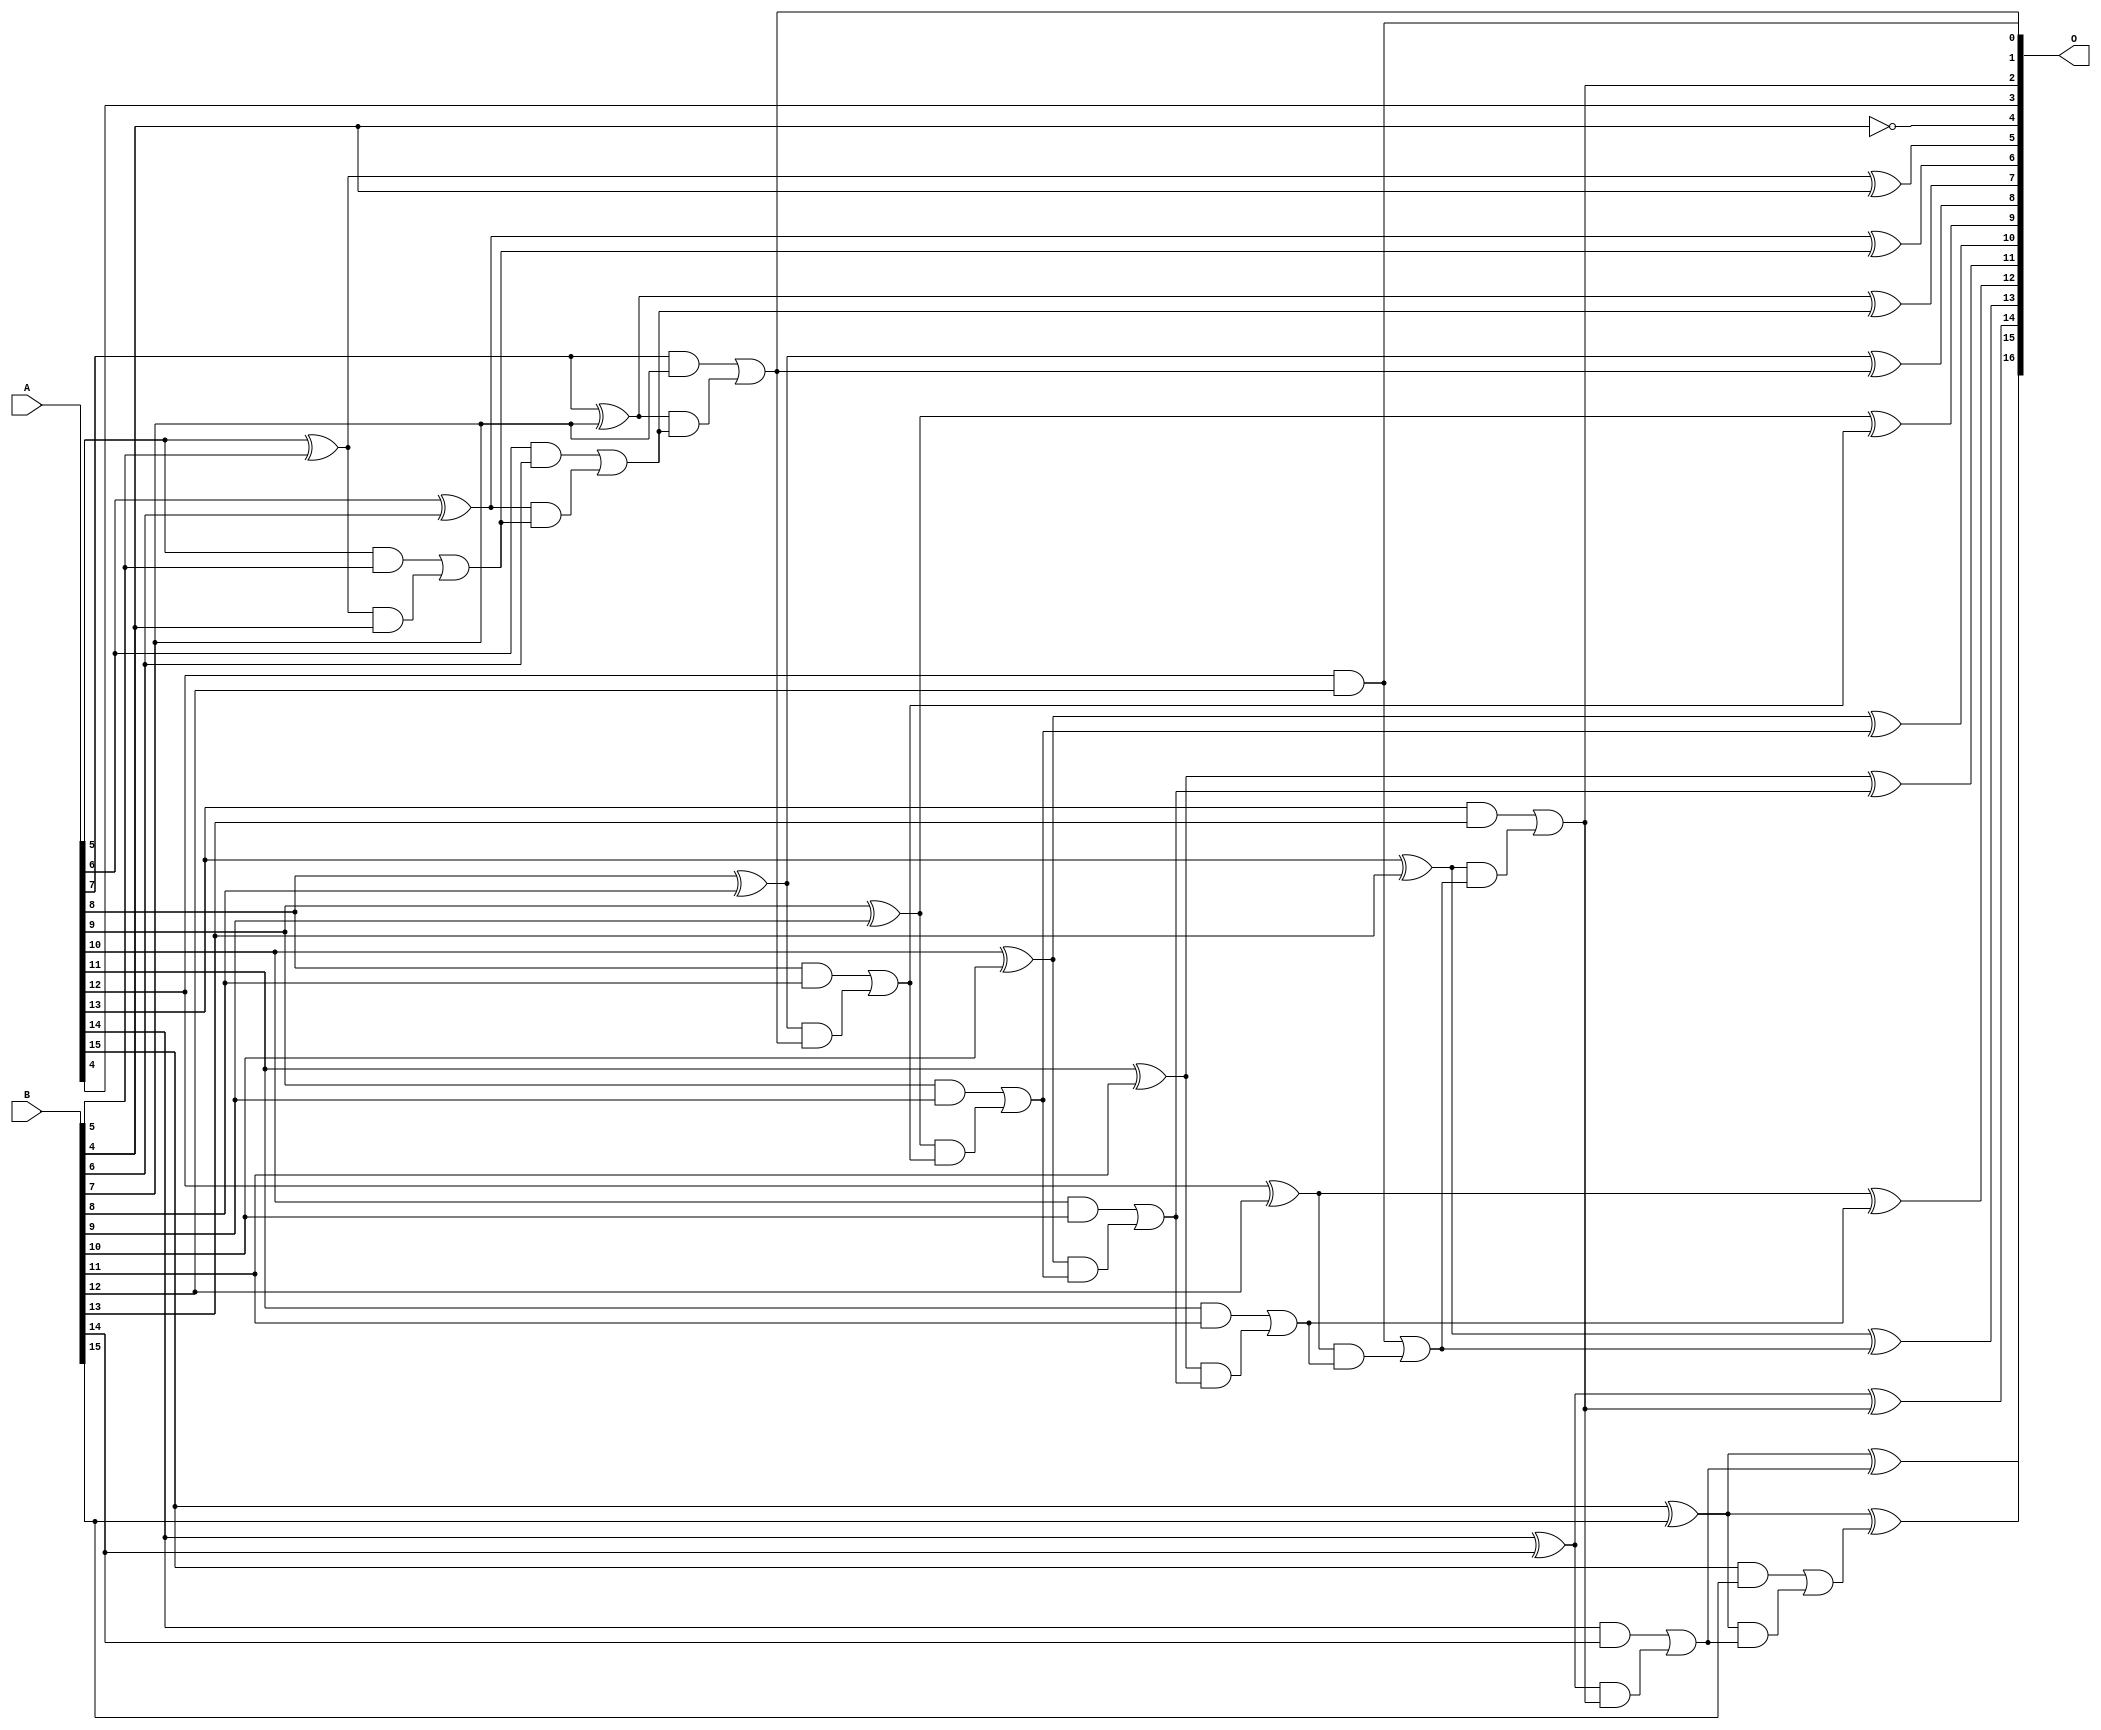
/***
* This code is a part of EvoApproxLib library (ehw.fit.vutbr.cz/approxlib) distributed under The MIT License.
* When used, please cite the following article(s): V. Mrazek, L. Sekanina, Z. Vasicek "Libraries of Approximate Circuits: Automated Design and Application in CNN Accelerators" IEEE Journal on Emerging and Selected Topics in Circuits and Systems, Vol 10, No 4, 2020 
* This file contains a circuit from a sub-set of pareto optimal circuits with respect to the pwr and mre parameters
***/
// MAE% = 0.0099 %
// MAE = 6.5 
// WCE% = 0.035 %
// WCE = 23 
// WCRE% = 2100.00 %
// EP% = 95.31 %
// MRE% = 0.22 %
// MSE = 64 
// PDK45_PWR = 0.052 mW
// PDK45_AREA = 106.1 um2
// PDK45_DELAY = 0.92 ns

module add16se_2YM (
    A,
    B,
    O
);

input [15:0] A;
input [15:0] B;
output [16:0] O;

wire sig_52,sig_54,sig_55,sig_56,sig_57,sig_58,sig_59,sig_60,sig_61,sig_62,sig_63,sig_64,sig_65,sig_66,sig_67,sig_68,sig_69,sig_70,sig_71,sig_72;
wire sig_73,sig_74,sig_75,sig_76,sig_77,sig_78,sig_79,sig_80,sig_81,sig_82,sig_83,sig_84,sig_85,sig_86,sig_87,sig_88,sig_89,sig_90,sig_91,sig_92;
wire sig_93,sig_94,sig_95,sig_96,sig_97,sig_98,sig_99,sig_100,sig_101,sig_102,sig_103,sig_104,sig_105,sig_106,sig_107,sig_108,sig_109,sig_110;

assign sig_52 = ~B[4];
assign sig_54 = A[5] ^ B[5];
assign sig_55 = A[5] & B[5];
assign sig_56 = sig_54 & B[4];
assign sig_57 = sig_54 ^ B[4];
assign sig_58 = sig_55 | sig_56;
assign sig_59 = A[6] ^ B[6];
assign sig_60 = A[6] & B[6];
assign sig_61 = sig_59 & sig_58;
assign sig_62 = sig_59 ^ sig_58;
assign sig_63 = sig_60 | sig_61;
assign sig_64 = A[7] ^ B[7];
assign sig_65 = A[7] & B[7];
assign sig_66 = sig_64 & sig_63;
assign sig_67 = sig_64 ^ sig_63;
assign sig_68 = sig_65 | sig_66;
assign sig_69 = A[8] ^ B[8];
assign sig_70 = A[8] & B[8];
assign sig_71 = sig_69 & sig_68;
assign sig_72 = sig_69 ^ sig_68;
assign sig_73 = sig_70 | sig_71;
assign sig_74 = A[9] ^ B[9];
assign sig_75 = A[9] & B[9];
assign sig_76 = sig_74 & sig_73;
assign sig_77 = sig_74 ^ sig_73;
assign sig_78 = sig_75 | sig_76;
assign sig_79 = A[10] ^ B[10];
assign sig_80 = A[10] & B[10];
assign sig_81 = sig_79 & sig_78;
assign sig_82 = sig_79 ^ sig_78;
assign sig_83 = sig_80 | sig_81;
assign sig_84 = A[11] ^ B[11];
assign sig_85 = A[11] & B[11];
assign sig_86 = sig_84 & sig_83;
assign sig_87 = sig_84 ^ sig_83;
assign sig_88 = sig_85 | sig_86;
assign sig_89 = A[12] ^ B[12];
assign sig_90 = A[12] & B[12];
assign sig_91 = sig_89 & sig_88;
assign sig_92 = sig_89 ^ sig_88;
assign sig_93 = sig_90 | sig_91;
assign sig_94 = A[13] ^ B[13];
assign sig_95 = A[13] & B[13];
assign sig_96 = sig_94 & sig_93;
assign sig_97 = sig_94 ^ sig_93;
assign sig_98 = sig_95 | sig_96;
assign sig_99 = A[14] ^ B[14];
assign sig_100 = A[14] & B[14];
assign sig_101 = sig_99 & sig_98;
assign sig_102 = sig_99 ^ sig_98;
assign sig_103 = sig_100 | sig_101;
assign sig_104 = A[15] ^ B[15];
assign sig_105 = A[15] & B[15];
assign sig_106 = sig_104 & sig_103;
assign sig_107 = sig_104 ^ sig_103;
assign sig_108 = sig_105 | sig_106;
assign sig_109 = A[15] ^ B[15];
assign sig_110 = sig_109 ^ sig_108;

assign O[16] = sig_110;
assign O[15] = sig_107;
assign O[14] = sig_102;
assign O[13] = sig_97;
assign O[12] = sig_92;
assign O[11] = sig_87;
assign O[10] = sig_82;
assign O[9] = sig_77;
assign O[8] = sig_72;
assign O[7] = sig_67;
assign O[6] = sig_62;
assign O[5] = sig_57;
assign O[4] = sig_52;
assign O[3] = A[4];
assign O[2] = sig_98;
assign O[1] = sig_90;
assign O[0] = sig_68;

endmodule